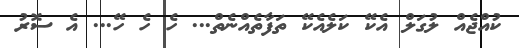
ކުއްޖެއް ލުގަލް އެކޭ ކަލެއެކޭ ތަފާތެއްނެތް... ހެ ހެ ހޭ... އެ ސޮރު